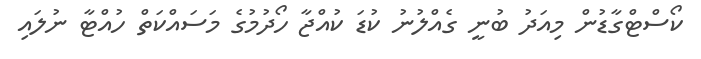
ކޯސްޓްގާޑުން މިއަދު ބުނީ ގެއްލުނު ކުޑަ ކުއްޖާ ހޯދުމުގެ މަސައްކަތް ހުއްޓާ ނުލައި